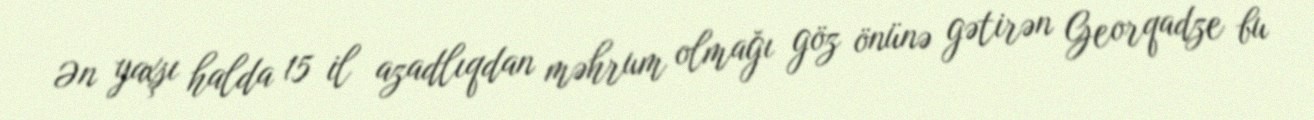
Ən yaxşı halda 15 il azadlıqdan məhrum olmağı göz önünə gətirən Georqadze bu